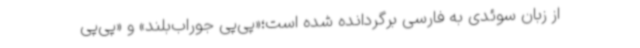
از زبان سوئدی به فارسی برگردانده شده‌ است؛«پی‌پی جوراب‌بلند» و «پی‌پی